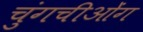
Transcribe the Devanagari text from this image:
चुंगचीओंग